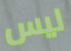
ليس